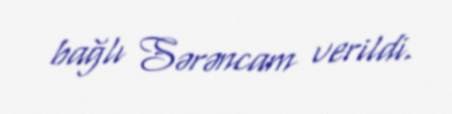
bağlı Sərəncam verildi.